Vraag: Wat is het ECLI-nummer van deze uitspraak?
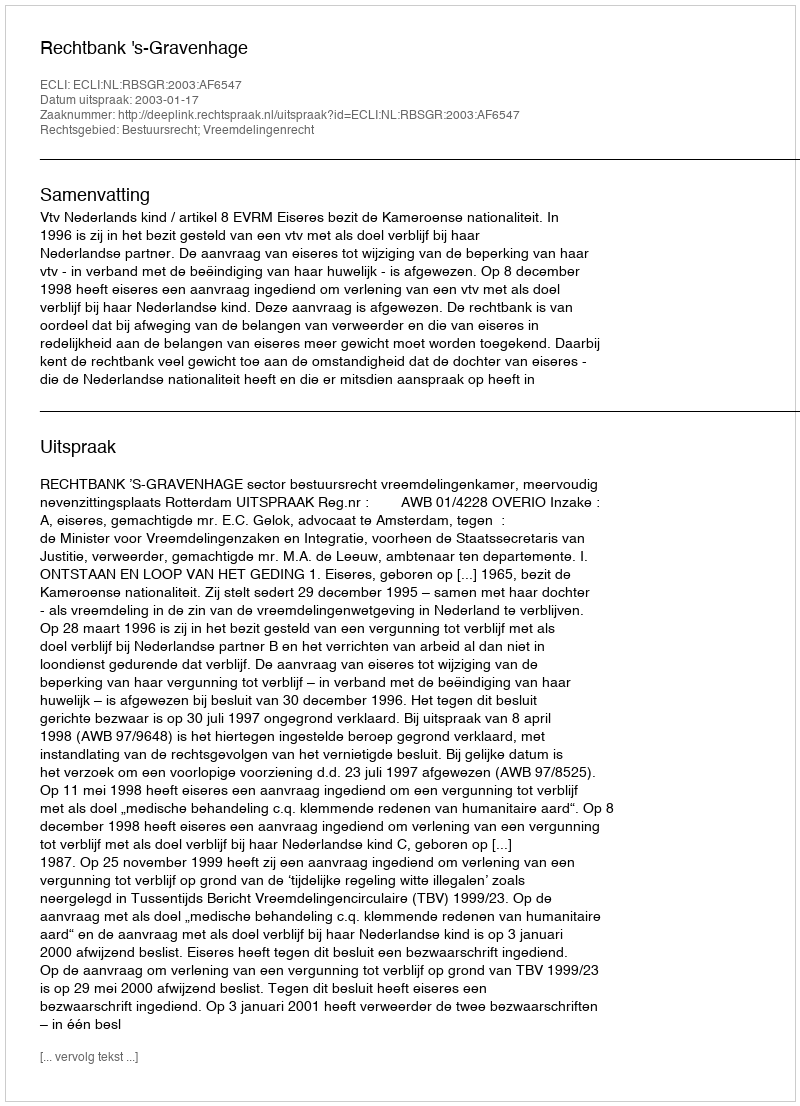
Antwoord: ECLI:NL:RBSGR:2003:AF6547